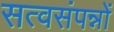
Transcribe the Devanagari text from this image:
सत्वसंपन्नों